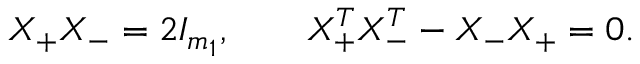
X _ { + } X _ { - } = 2 I _ { m _ { 1 } } , \qquad X _ { + } ^ { T } X _ { - } ^ { T } - X _ { - } X _ { + } = 0 .